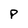
Character: P